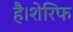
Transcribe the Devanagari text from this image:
है।शेरिफ